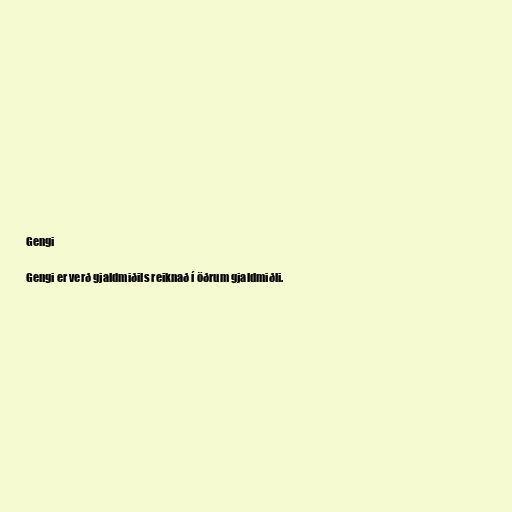
Gengi

Gengi er verð gjaldmiðils reiknað í öðrum gjaldmiðli.